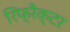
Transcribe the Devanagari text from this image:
रिफ्रैक्टर